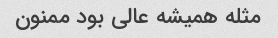
مثله همیشه عالی بود ممنون